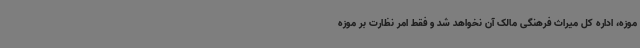
موزه، اداره کل میراث فرهنگی مالک آن نخواهد شد و فقط امر نظارت بر موزه